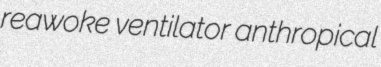
reawoke ventilator anthropical